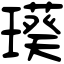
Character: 𤩸